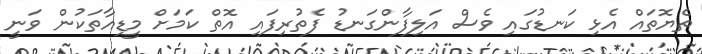
ތެޔޮތައް އެޅި ކަނޑުގައި ވެސް އަލިފާންގަނޑު ފެތުރިފައި އޮތް ކަމަށް މީޑިއާތަކުން ވަނީ